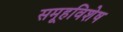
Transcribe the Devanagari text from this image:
समूहविशेष